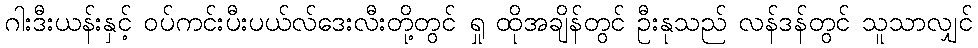
ဂါးဒီးယန်းနှင့် ဝပ်ကင်းပီးပယ်လ်ဒေးလီးတို့တွင် ရှု ထိုအချိန်တွင် ဦးနုသည် လန်ဒန်တွင် သူသာလျှင်